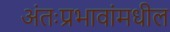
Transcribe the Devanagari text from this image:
अंतःप्रभावांमधील